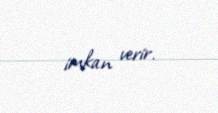
imkan verir.